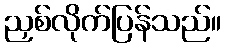
ညှစ်လိုက်ပြန်သည်။